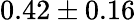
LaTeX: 0.42\pm 0.16